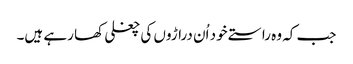
جب کہ وہ راستے خود اُن دراڑوں کی چغلی کھا رہے ہیں۔